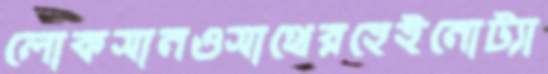
লোকসানওসাথেরহেইনোট্যা